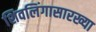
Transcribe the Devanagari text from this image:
शिवलिंगासारख्या